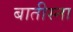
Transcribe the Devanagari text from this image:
बातीस्ना